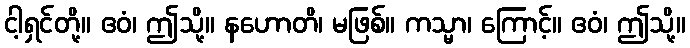
ငါ့ရှင်တို့။ ဧဝံ၊ ဤသို့။ နဟောတိ၊ မဖြစ်။ ကသ္မာ၊ ကြောင့်။ ဧဝံ၊ ဤသို့။